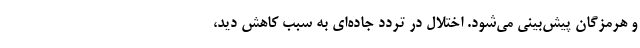
و هرمزگان پیش‌بینی می‌شود. اختلال در تردد جاده‌ای به سبب کاهش دید،